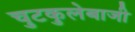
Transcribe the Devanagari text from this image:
चुटकुलेबाजी